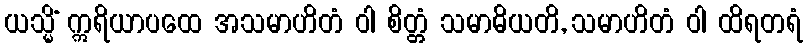
ယသ္မိံ ဣရိယာပထေ အသမာဟိတံ ဝါ စိတ္တံ သမာဓိယတိ, သမာဟိတံ ဝါ ထိရတရံ